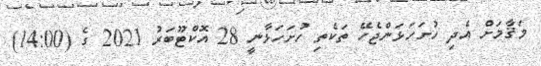
މަޤާމަށް އެދި ހުށަހަޅަންޖެހޭ ތަކެތި ހުށަހަޅާނީ 28 އޮކްޓޫބަރު 2021 ގެ (14:00)